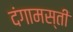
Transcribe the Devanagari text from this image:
दंगामस्ती